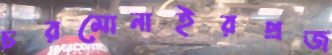
চরমোনাইরপ্রজ